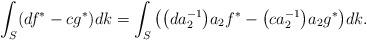
LaTeX: \begin{gather*}\int_S(df^*-cg^*)dk=\int_S\big(\big(da_2^{-1}\big)a_2f^*-\big(ca_2^{-1}\big)a_2g^*\big)dk.\end{gather*}